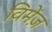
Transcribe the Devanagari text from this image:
विमेंज़